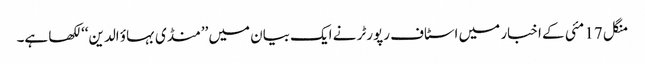
منگل 17 مئی کے اخبار میں اسٹاف رپورٹر نے ایک بیان میں ’’منڈی بہاؤ الدین‘‘ لکھا ہے۔